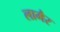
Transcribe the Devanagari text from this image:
लामैर